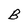
Character: B